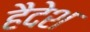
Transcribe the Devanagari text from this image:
हैदेश